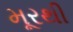
મૂરથી